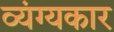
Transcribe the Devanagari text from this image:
व्‍यंग्‍यकार